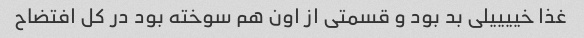
غذا خییییلی بد بود و قسمتی از اون هم سوخته بود در کل افتضاح